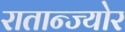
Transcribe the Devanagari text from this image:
रातान्ज्योर